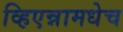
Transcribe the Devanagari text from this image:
व्हिएन्नामधेच